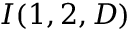
I ( 1 , 2 , D )